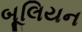
બૂલિયન